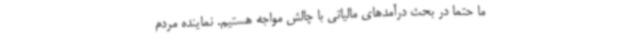
ما حتما در بحث درآمدهای مالیاتی با چالش مواجه هستیم. نماینده مردم